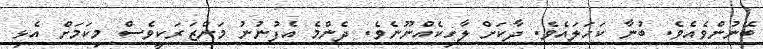
ބޭނުންވެއެވެ. ބުނާ ކަހަލައެވެ. ދާކަށް ލާހިކެއްނޫނެވެ. ދެންމެ އެފުނުނު މަންޒަރަކީވެސް މިކަމަށް އެޅި